Manual of the Civil Veterinary Department, Central Provinces and Berar
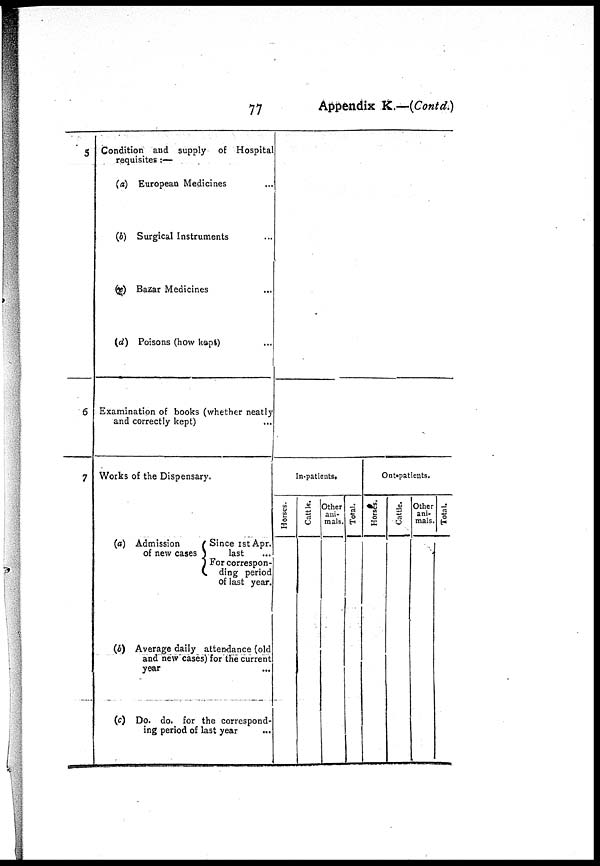
77
Appendix K.—(Contd.)
5
6
7
Condition and supply of Hospital
requisites :—
(a) European Medicines
(b) Surgical Instruments
(c) Bazar Medicines ...
(d) Poisons (how kept) ...
Examination of books (whether neatly
and correctly kept)
Works of the Dispensary.
(a) Admission
of new cases
Since 1st Apr.
last
...
For correspon-
ding period
of last year.
last ...
(b) Average daily attendance (old
and new cases) for the current
year ...
(c) Do. do. for the correspond-
ing period of last year ...
In-patients.
Horses.
Cattle.
Other
ani-
mals.
Total.
Out-patients.
Horses.
Cattle.
Other
ani-
mals.
Total.